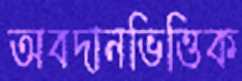
অবদানভিত্তিক